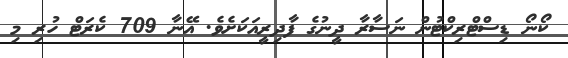
ކޯނޯ ޑިސްޓްރިކްޓުން ނަސާރާ ދީނުގެ ފާދިރީއަކަށެވެ. އޭނާ 709 ކެރަޓް ހުރި މި